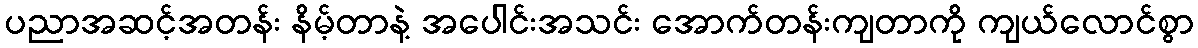
ပညာအဆင့်အတန်း နိမ့်တာနဲ့ အပေါင်းအသင်း အောက်တန်းကျတာကို ကျယ်လောင်စွာ